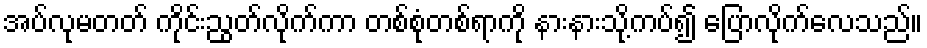
အပ်လုမတတ် ကိုင်းညွတ်လိုက်ကာ တစ်စုံတစ်ရာကို နားနားသို့ကပ်၍ ပြောလိုက်လေသည်။